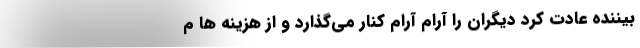
بیننده عادت کرد دیگران را آرام آرام کنار می‌گذارد و از هزینه ها م